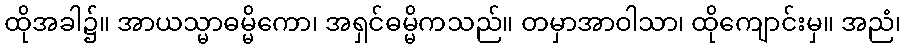
ထိုအခါ၌။ အာယသ္မာဓမ္မိကော၊ အရှင်ဓမ္မိကသည်။ တမှာအာဝါသာ၊ ထိုကျောင်းမှ။ အညံ၊